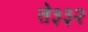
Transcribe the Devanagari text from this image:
ते३३२